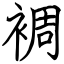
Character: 裯